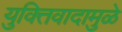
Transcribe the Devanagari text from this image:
युक्तिवादामुळे